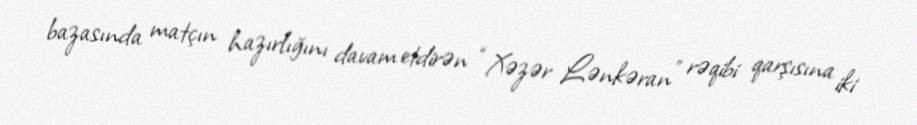
bazasında matçın hazırlığını davam etdirən “Xəzər Lənkəran” rəqibi qarşısına iki